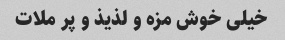
خیلی خوش مزه و لذیذ و پر ملات